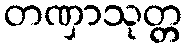
တဏှာသုတ္တ